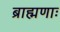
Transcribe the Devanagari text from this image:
ब्राह्मणाः